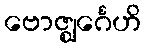
ဗောဇ္ဈင်္ဂေဟိ